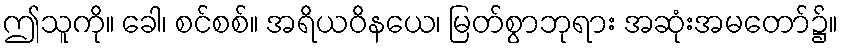
ဤသူကို။ ခေါ၊ စင်စစ်။ အရိယဝိနယေ၊ မြတ်စွာဘုရား အဆုံးအမတော်၌။